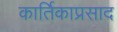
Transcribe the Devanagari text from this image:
कार्तिकाप्रसाद